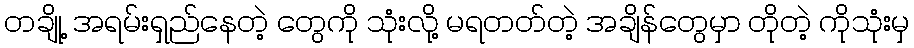
တချို့ အရမ်းရှည်နေတဲ့ တွေကို သုံးလို့ မရတတ်တဲ့ အချိန်တွေမှာ တိုတဲ့ ကိုသုံးမှ